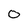
Character: 0